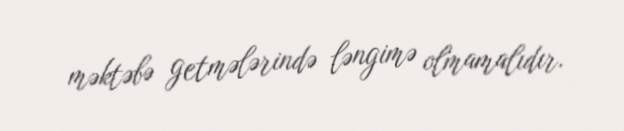
məktəbə getmələrində ləngimə olmamalıdır.